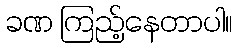
ခဏ ကြည့်နေတာပါ။